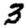
Digit: 3